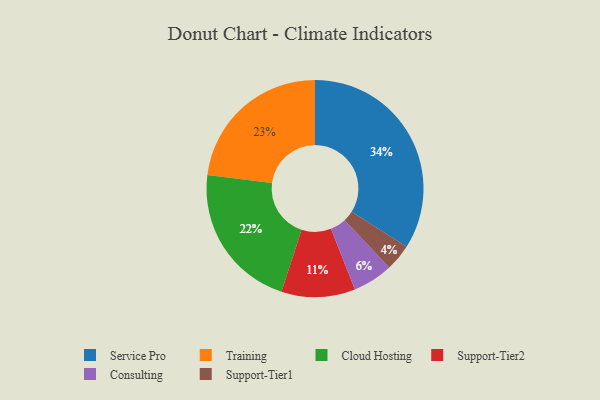
{"axis": {"x": "Category", "y": "Percentage"}, "legend": ["Cloud Hosting", "Consulting", "Service Pro", "Support-Tier1", "Support-Tier2", "Training"], "data": [{"x": "Support-Tier2", "y": 11, "type": "Support-Tier2"}, {"x": "Service Pro", "y": 34, "type": "Service Pro"}, {"x": "Consulting", "y": 6, "type": "Consulting"}, {"x": "Cloud Hosting", "y": 22, "type": "Cloud Hosting"}, {"x": "Support-Tier1", "y": 4, "type": "Support-Tier1"}, {"x": "Training", "y": 23, "type": "Training"}]}